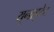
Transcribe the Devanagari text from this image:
यूनाइटेट